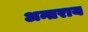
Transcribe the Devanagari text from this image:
अन्तराय